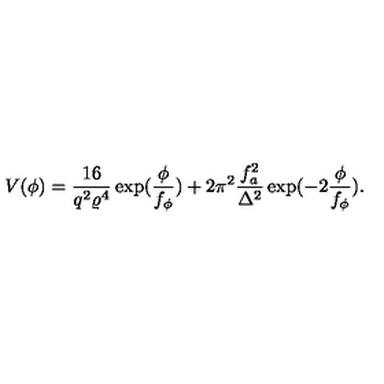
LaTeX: V ( \phi ) = \frac { 1 6 } { q ^ { 2 } \varrho ^ { 4 } } \exp ( \frac { \phi } { f _ { \phi } } ) + 2 \pi ^ { 2 } \frac { f _ { a } ^ { 2 } } { \Delta ^ { 2 } } \exp ( - 2 \frac { \phi } { f _ { \phi } } ) .